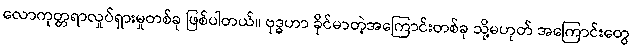
လောကုတ္တရာလှုပ်ရှားမှုတစ်ခု ဖြစ်ပါတယ်။ ဗုဒ္ဓဟာ ခိုင်မာတဲ့အကြောင်းတစ်ခု သို့မဟုတ် အကြောင်းတွေ